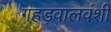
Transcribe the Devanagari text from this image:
गहड़वालवंशी